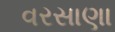
વરસાણા